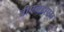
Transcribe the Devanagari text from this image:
वीएचडीएल